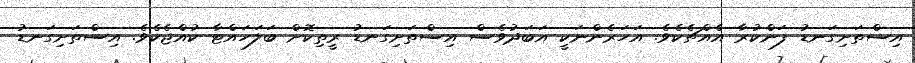
އިސްތަށިގަނޑު ފަންކުރާ އެއްޗެކެވެ. އަހަރެންނަކީ އަބަދުވެސް އިސްތަށިގަނޑު ރީތިކޮށް ބަލަހައްޓާ ކުއްޖެކެވެ. އިސްތަށިގަނޑު